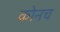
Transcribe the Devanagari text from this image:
कोनच